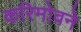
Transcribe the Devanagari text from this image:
करिमोवने